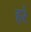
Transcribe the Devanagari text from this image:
हरं